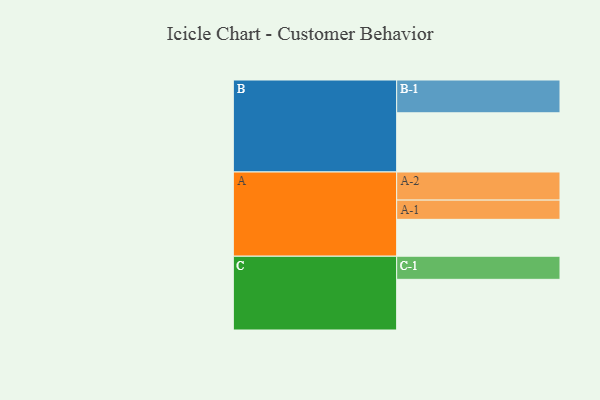
{"axis": {"x": "Segment", "y": "Value"}, "legend": ["", "A", "B", "C"], "data": [{"x": "A", "y": 324, "type": ""}, {"x": "B", "y": 520, "type": ""}, {"x": "C", "y": 445, "type": ""}, {"x": "A-1", "y": 169, "type": "A"}, {"x": "A-2", "y": 247, "type": "A"}, {"x": "B-1", "y": 288, "type": "B"}, {"x": "C-1", "y": 203, "type": "C"}]}